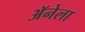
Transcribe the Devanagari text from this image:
अॅनेला